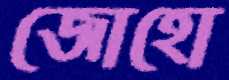
জোহো